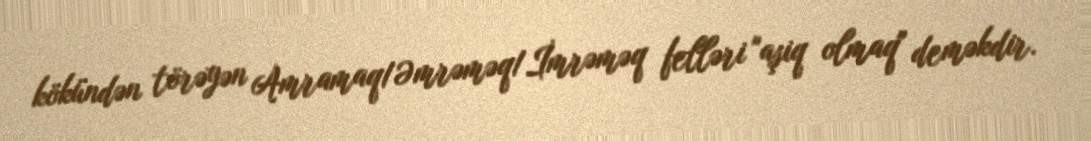
kökündən törəyən Amramaq/Əmrəməq/İmrəməq felləri "aşiq olmaq" deməkdir.